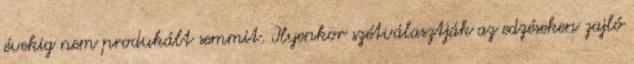
évekig nem produkált semmit. Ilyenkor szétválasztják az edzéseken zajló